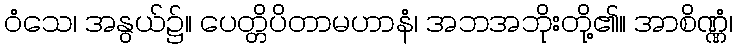
ဝံသေ၊ အနွယ်၌။ ပေတ္တိပိတာမဟာနံ၊ အဘအဘိုးတို့၏။ အာစိဏ္ဏံ၊